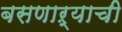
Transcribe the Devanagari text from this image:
बसणाऱ्याची